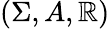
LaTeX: (\Sigma,A,\mathbb{R})